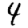
Digit: 4